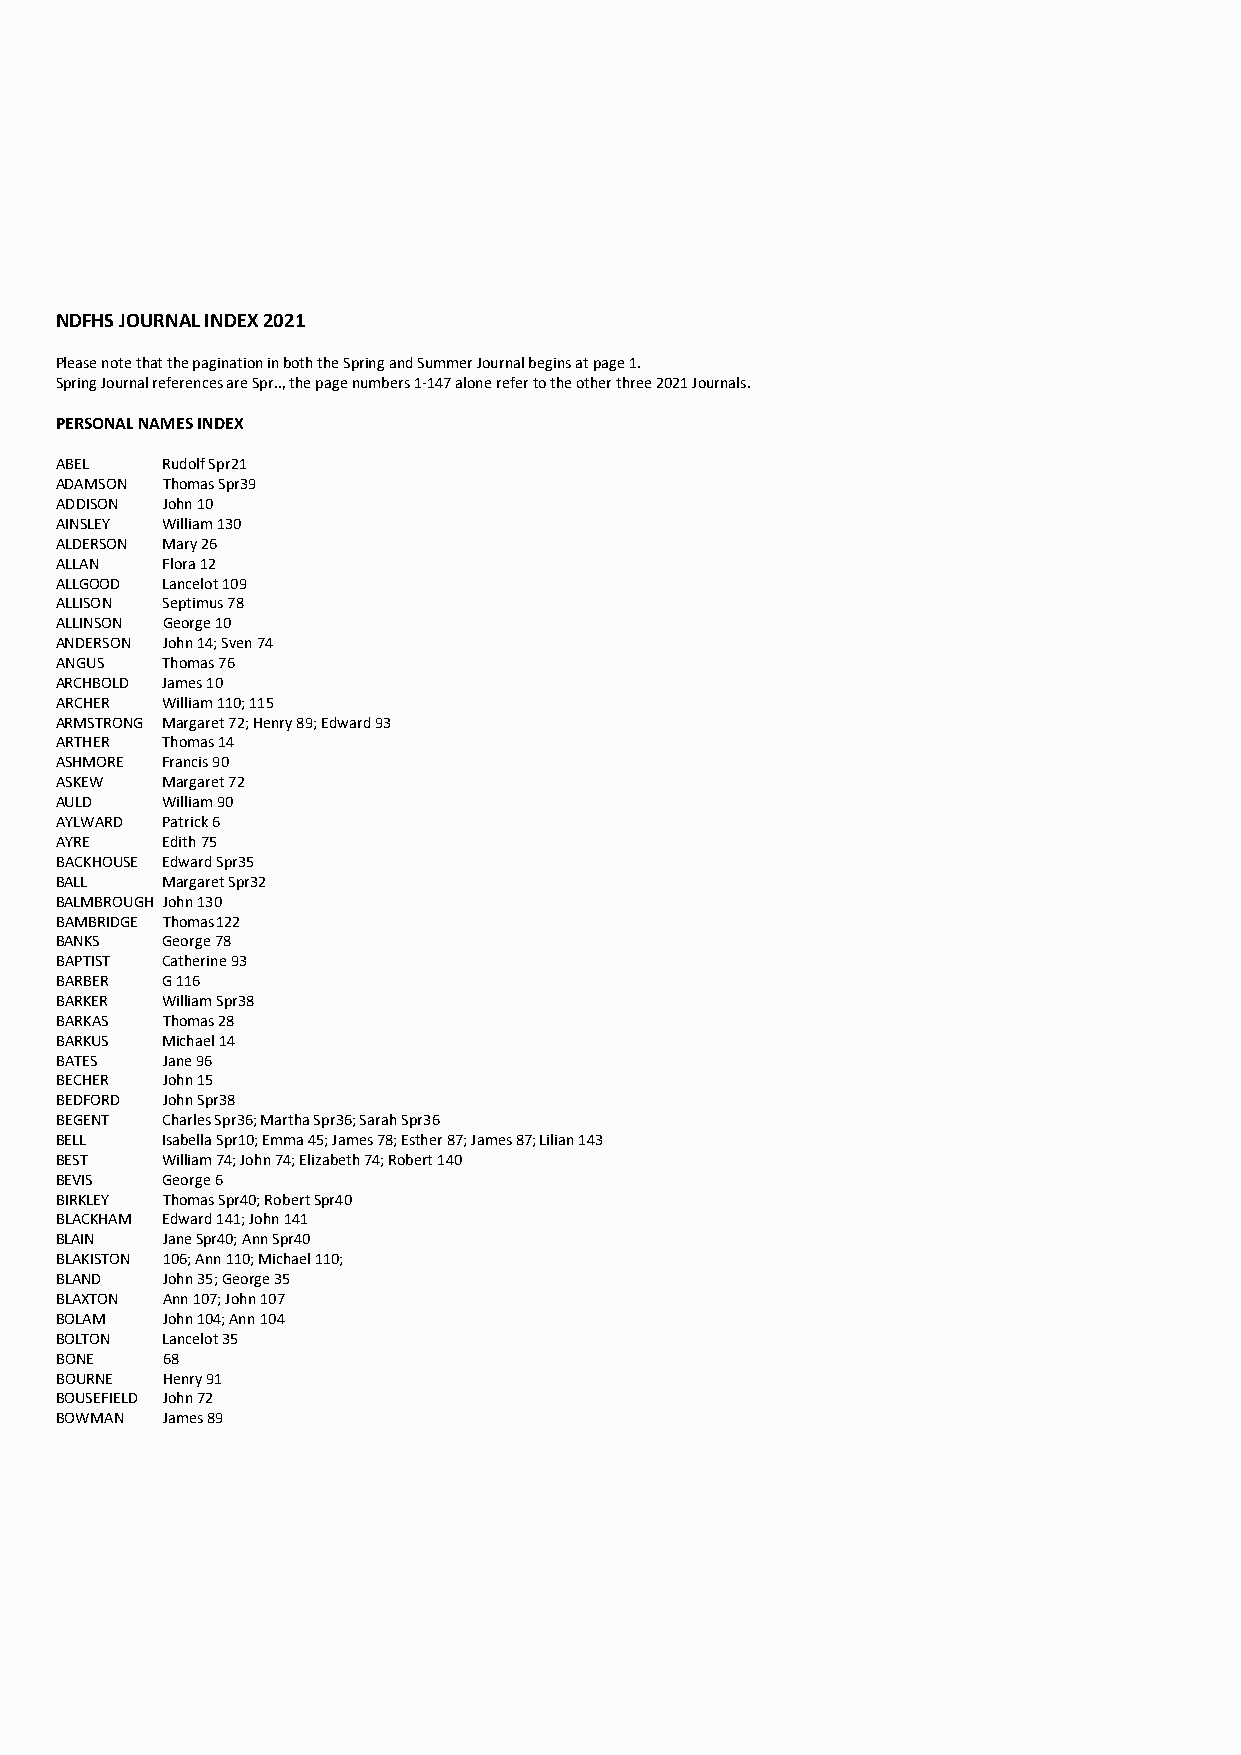
NDFHS JOURNAL INDEX 2021
 Please note that the pagination in both the Spring and Summer Journal begins at page 1.
 Spring Journal references are Spr.., the page numbers 1-147 alone refer to the other three 2021 Journals.
 PERSONAL NAMES INDEX
 ABEL   Rudolf Spr21
 ADAMSON Thomas Spr39
 ADDISON John 10
 AINSLEY William 130
 ALDERSON Mary 26
 ALLAN  Flora 12
 ALLGOOD Lancelot 109
 ALLISON Septimus 78
 ALLINSON George 10
 ANDERSON John 14; Sven 74
 ANGUS  Thomas 76
 ARCHBOLD James 10
 ARCHER William 110; 115
 ARMSTRONG Margaret 72; Henry 89; Edward 93
 ARTHER Thomas 14
 ASHMORE Francis 90
 ASKEW  Margaret 72
 AULD   William 90
 AYLWARD Patrick 6
 AYRE   Edith 75
 BACKHOUSE Edward Spr35
 BALL   Margaret Spr32
 BALMBROUGH John 130
 BAMBRIDGE Thomas 122
 BANKS  George 78
 BAPTIST Catherine 93
 BARBER G 116
 BARKER William Spr38
 BARKAS Thomas 28
 BARKUS Michael 14
 BATES  Jane 96
 BECHER John 15
 BEDFORD John Spr38
 BEGENT Charles Spr36; Martha Spr36; Sarah Spr36
 BELL   Isabella Spr10; Emma 45; James 78; Esther 87; James 87; Lilian 143
 BEST   William 74; John 74; Elizabeth 74; Robert 140
 BEVIS  George 6
 BIRKLEY Thomas Spr40; Robert Spr40
 BLACKHAM Edward 141; John 141
 BLAIN  Jane Spr40; Ann Spr40
 BLAKISTON 106; Ann 110; Michael 110;
 BLAND  John 35; George 35
 BLAXTON Ann 107; John 107
 BOLAM  John 104; Ann 104
 BOLTON Lancelot 35
 BONE   68
 BOURNE Henry 91
 BOUSEFIELD John 72
 BOWMAN James 89